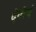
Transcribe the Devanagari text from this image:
देवीचं